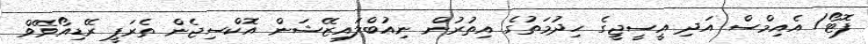
ފޮޓޯ/ އެއިމްސް އަދި އީސީޖީގެ ހިދުމަތުގެ އިތުރުން ނިއުބްލައިޒޭޝަން އޮކްސިޖެން ތެރަޕީ ރޭޑިއޯވޭވް